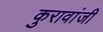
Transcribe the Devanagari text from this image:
कुरावांजी